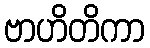
ဗာဟိတိကာ